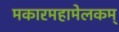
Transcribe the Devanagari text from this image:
मकारमहामेलकम्